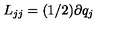
L _ { j j } = ( 1 / 2 ) \partial q _ { j }